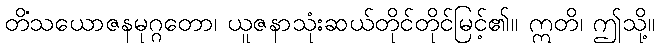
တိံသယောဇနမုဂ္ဂတော၊ ယူဇနာသုံးဆယ်တိုင်တိုင်မြင့်၏။ ဣတိ၊ ဤသို့။